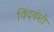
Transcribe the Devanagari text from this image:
विदवंशी